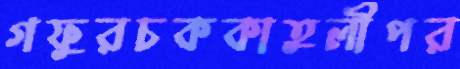
গফুরচককাতুলীপর